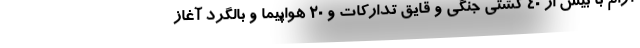
آرام با بیش از ۴۰ کشتی جنگی و قایق تدارکات و ۲۰ هواپیما و بالگرد آغاز